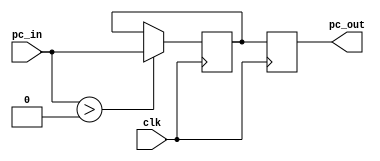
//Version 1.2 11:15PM 4/6/2020
/*PC register
	clk: tin hieu xung clock vao cpu.
	pc_in: tin hieu 32 bits tu mux.
	pc: gia tri hien tai cua PC.
	gia tri khoi tao: PC = 0x0000_0000.
	
	muc dich: PC dung de chua dia chi cua lenh tiep theo can thuc hien.
	mo ta: khi co xung clock canh len thi pc = pc_in.
*/

module PC(pc_out, clk, pc_in);
input clk;
input [31:0] pc_in;
output [31:0] pc_out;
reg [31:0] pc_1; reg [31:0] pc_mid;

initial 
begin
pc_mid <= 32'h00_00_00_00;
end
always@(posedge clk)
begin
pc_1 <= pc_mid;
end
always@(negedge clk)
begin
	if (pc_in > 32'h00_00_00_00)
	begin
	pc_mid <= pc_in;
	end
end
assign pc_out = pc_1;
endmodule